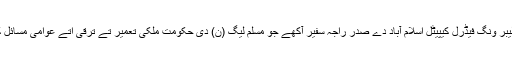
30 جون (اے پی پی) پاکستان مسلم لیگ (ن) لیبر ونگ فیڈرل کیپیٹل اسلام آباد دے صدر راجہ سفیر آکھے جو مسلم لیگ (ن) دی حکومت ملکی تعمیر تے ترقی اتے عوامی مسائل کوں ترجیحی بنیاداں تے حل کر یندی پئی اے۔